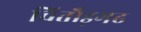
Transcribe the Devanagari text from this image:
चितौड़गढ